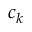
c _ { k }